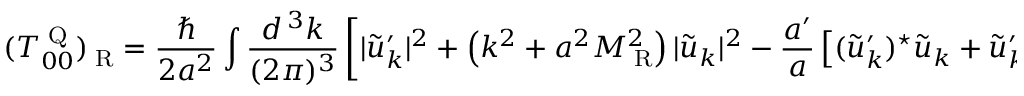
( T _ { 0 0 } ^ { \mathrm { { \tiny ~ Q } } } ) _ { \mathrm { { \tiny ~ R } } } = \frac { \hbar } { 2 a ^ { 2 } } \int \frac { d ^ { \, 3 } k } { ( 2 \pi ) ^ { 3 } } \left[ | \tilde { u } _ { k } ^ { \prime } | ^ { 2 } + \left( k ^ { 2 } + a ^ { 2 } M _ { \mathrm { { \tiny ~ R } } } ^ { 2 } \right) | \tilde { u } _ { k } | ^ { 2 } - \frac { a ^ { \prime } } { a } \left[ ( \tilde { u } _ { k } ^ { \prime } ) ^ { \star } \tilde { u } _ { k } + \tilde { u } _ { k } ^ { \prime } \tilde { u } _ { k } ^ { \star } \right] \right] - ( T _ { 0 0 } ^ { \mathrm { { \tiny ~ Q } } } ) _ { \mathrm { { \tiny ~ a d 4 } } } ,